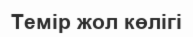
Темір жол көлігі